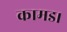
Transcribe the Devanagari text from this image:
कामड।